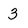
Character: 3